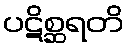
ပဋိစ္ဆရတိ